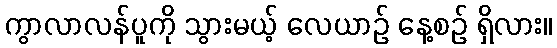
ကွာလာလန်ပူကို သွားမယ့် လေယာဉ် နေ့စဉ် ရှိလား။